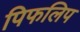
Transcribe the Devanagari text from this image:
पिफलिप